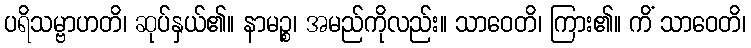
ပရိသမ္ဗာဟတိ၊ ဆုပ်နှယ်၏။ နာမဉ္စ၊ အမည်ကိုလည်း။ သာဝေတိ၊ ကြား၏။ ကိံ သာဝေတိ၊